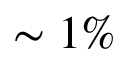
\sim 1 \%